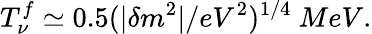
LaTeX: T_{\nu}^{f}\simeq 0.5(|\delta m^{2}|/eV^{2})^{1/4}\ MeV.